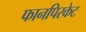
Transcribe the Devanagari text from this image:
फानपिरकेट